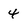
Character: 4